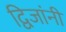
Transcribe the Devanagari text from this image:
द्विजांनी